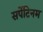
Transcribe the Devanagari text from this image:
सर्पेटिनम